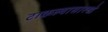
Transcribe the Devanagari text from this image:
टाकल्यासारखे